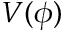
V ( \phi )